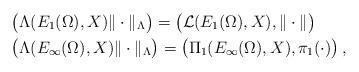
LaTeX: \begin{align*} & \big(\Lambda(E_{1}(\Omega),X)\| \cdot \|_{\Lambda}\big) = \big(\mathcal{L}(E_{1}(\Omega),X),\| \cdot \|\big) \\ & \big(\Lambda(E_{\infty}(\Omega),X)\| \cdot \|_{\Lambda}\big) =\big(\Pi_{1}(E_{\infty}(\Omega),X), \pi_1(\cdot)\big)\,, \end{align*}